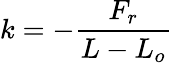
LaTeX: k=-{\frac{F_{r}}{L-L_{o}}}